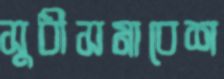
সুধীসমাবেশ